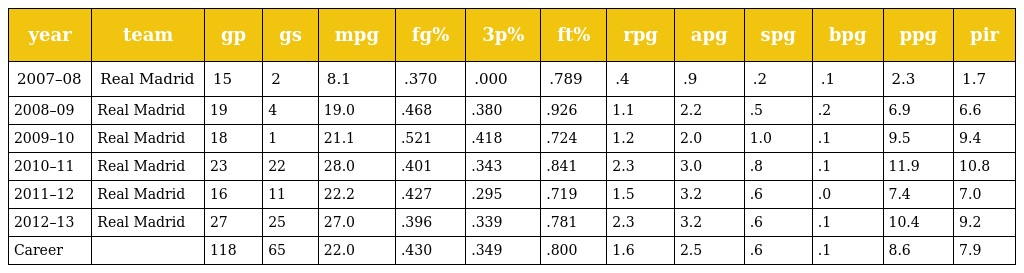
| year | team | gp | gs | mpg | fg% | 3p% | ft% | rpg | apg | spg | bpg | ppg | pir |
 | --- | --- | --- | --- | --- | --- | --- | --- | --- | --- | --- | --- | --- | --- |
 | 2007–08 | Real Madrid | 15 | 2 | 8.1 | .370 | .000 | .789 | .4 | .9 | .2 | .1 | 2.3 | 1.7 |
 | 2008–09 | Real Madrid | 19 | 4 | 19.0 | .468 | .380 | .926 | 1.1 | 2.2 | .5 | .2 | 6.9 | 6.6 |
 | 2009–10 | Real Madrid | 18 | 1 | 21.1 | .521 | .418 | .724 | 1.2 | 2.0 | 1.0 | .1 | 9.5 | 9.4 |
 | 2010–11 | Real Madrid | 23 | 22 | 28.0 | .401 | .343 | .841 | 2.3 | 3.0 | .8 | .1 | 11.9 | 10.8 |
 | 2011–12 | Real Madrid | 16 | 11 | 22.2 | .427 | .295 | .719 | 1.5 | 3.2 | .6 | .0 | 7.4 | 7.0 |
 | 2012–13 | Real Madrid | 27 | 25 | 27.0 | .396 | .339 | .781 | 2.3 | 3.2 | .6 | .1 | 10.4 | 9.2 |
 | Career |  | 118 | 65 | 22.0 | .430 | .349 | .800 | 1.6 | 2.5 | .6 | .1 | 8.6 | 7.9 |